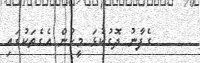
ގެފާނު ދޮގުކުޅަ މީހުން އެގެތަކުގައި